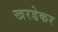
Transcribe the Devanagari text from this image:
खरडेकर